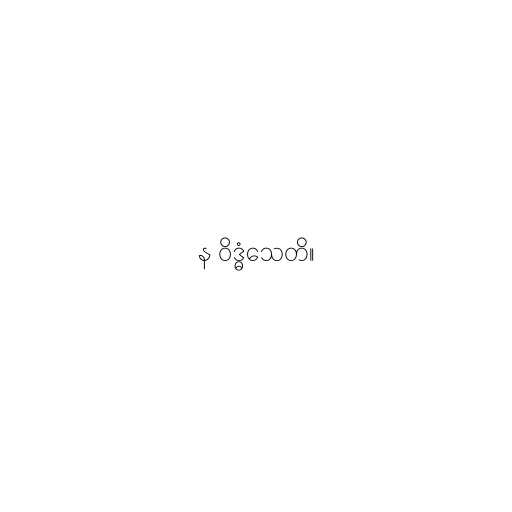
န ဝိဒ္ဓံသေတိ။